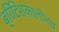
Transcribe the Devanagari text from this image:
ब्रिटिशकालीनच